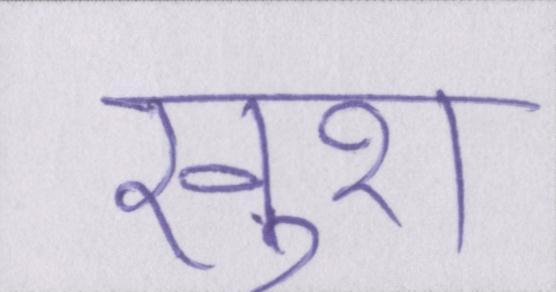
खुश